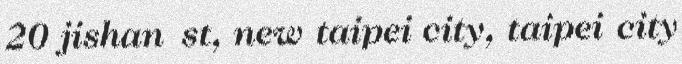
20 jishan st, new taipei city, taipei city